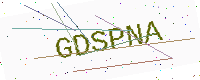
Text: GDSPNA